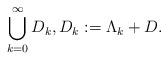
LaTeX: \begin{align*}\bigcup_{k=0}^\infty D_k,D_k := \Lambda_k+ D.\end{align*}